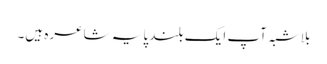
بلاشبہ آپ ایک بلند پایہ شاعرہ ہیں۔